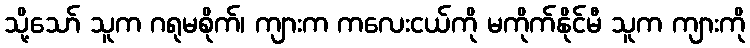
သို့သော် သူက ဂရုမစိုက်၊ ကျားက ကလေးငယ်ကို မကိုက်နိုင်မီ သူက ကျားကို